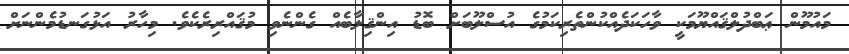
މައުމޫން ޢަބްދުލްޤައްޔޫމަކީ ވާހަކަދެއްކުންތެރިކަމުގެ އުސްލޫބަށް ބޮޑު އިންޤިލާބެއް ގެންނެވި މުޤައްރިރެކެވެ. މިހާރު އަޅުގަނޑުމެންނަށް